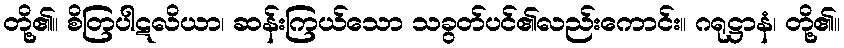
တို့၏။ စိတြပါဋလိယာ၊ ဆန်းကြယ်သော သခွတ်ပင်၏လည်းကောင်း။ ဂရုဋ္ဌာနံ၊ တို့၏။